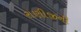
રાણીજીની